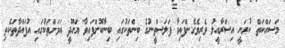
މަސައްކަތް ކުރަނީ އިސްރާއީލު ވެރިވެގެންފައިވާ ފަލަސްތީނުގެ ބިންތަކުގައި ބިނާކޮށްފައިވާ ޔަހޫދީ އަވަށްތަކުގައި އުފައްދާތަކެތި